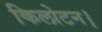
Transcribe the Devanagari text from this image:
किलोटन।